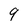
Character: 9